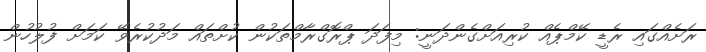
ރަށެއްގައި ރެޑީ ކޭމްޕެއް ކުރިއަށްގެންދަނީ: މިފަދަ ޕްރޮގްރާމްތަަކުން ކުށްތައް މަދުކުރެވޭ ކަމަށް ފުލުހުން